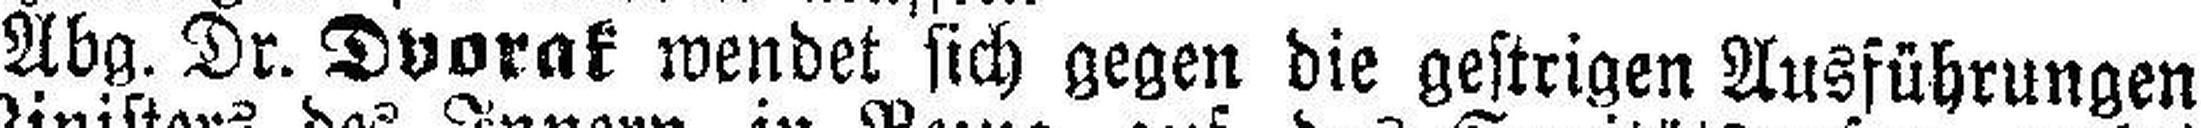
Abg. Dr. Dvorak wendet sich gegen die gestrigen Ausführungen